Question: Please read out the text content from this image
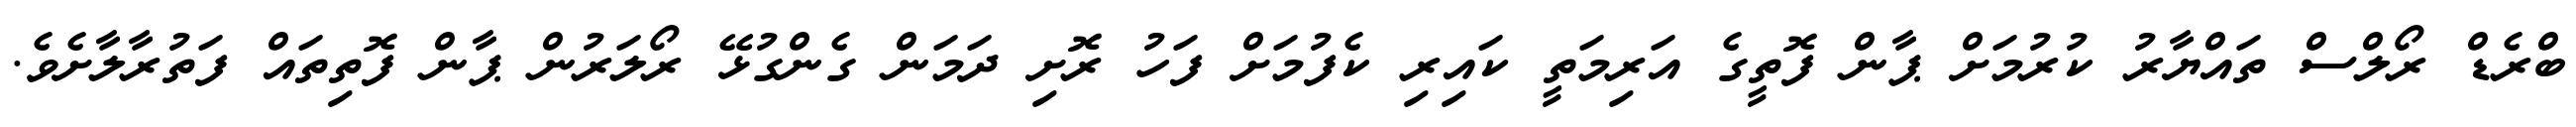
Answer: ބްރެޑް ރޯލްސް ތައްޔާރު ކުރުމަށް ޕާން ފޮތީގެ އަރިމަތީ ކައިރި ކެފުމަށް ފަހު ރޮށި ދަމަން ގެންގުޅޭ ރޯލަރުން ޕާން ފޮތިތައް ފަތުރާލާށެވެ.